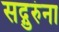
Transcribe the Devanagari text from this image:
सद्गुरुंना